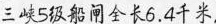
三峡5级船闸全长6.4千米，